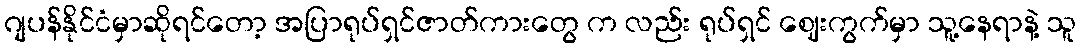
ဂျပန်နိုင်ငံမှာဆိုရင်တော့ အပြာရုပ်ရှင်ဇာတ်ကားတွေ က လည်း ရုပ်ရှင် ဈေးကွက်မှာ သူ့နေရာနဲ့ သူ